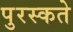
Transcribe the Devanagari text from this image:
पुरस्कते